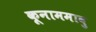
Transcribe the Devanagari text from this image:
कूनाममावु